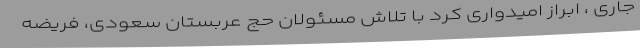
جاری ، ابراز امیدواری کرد با تلاش مسئولان حج عربستان سعودی، فریضه